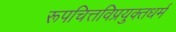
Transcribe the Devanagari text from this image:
रूपचित्तविप्रयुक्तधर्म